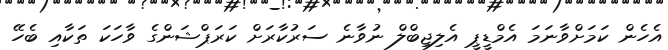
އެހެން ކަމަށްވާނަމަ އެމްޑީޕީ އެލިޖިބްލް ނުވާނެ ސަރުކާރަށް ކަރަޕްޝަންގެ ވާހަކަ ތަކާއި ބެހޭ